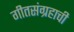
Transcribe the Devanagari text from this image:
गीतसंग्रहाची